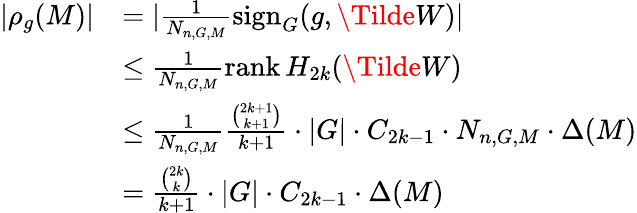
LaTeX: \begin{array}{rl}{\lvert\rho_{g}(M)\rvert}&{=\lvert\frac{1}{N_{n,G,M}}\operatorname{sign}_{G}(g,\Tilde{W})\rvert}\\ &{\leq\frac{1}{N_{n,G,M}}\operatorname{rank}{H_{2k}(\Tilde{W})}}\\ &{\leq\frac{1}{N_{n,G,M}}\frac{\binom{2k+1}{k+1}}{k+1}\cdot\lvert G\rvert\cdot C_{2k-1}\cdot N_{n,G,M}\cdot\Delta(M)}\\ &{=\frac{\binom{2k}{k}}{k+1}\cdot\lvert G\rvert\cdot C_{2k-1}\cdot\Delta(M)}\end{array}